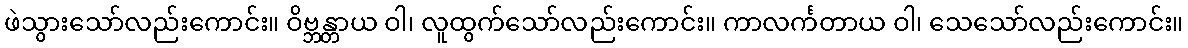
ဖဲသွားသော်လည်းကောင်း။ ဝိဗ္ဘန္တာယ ဝါ၊ လူထွက်သော်လည်းကောင်း။ ကာလင်္ကတာယ ဝါ၊ သေသော်လည်းကောင်း။